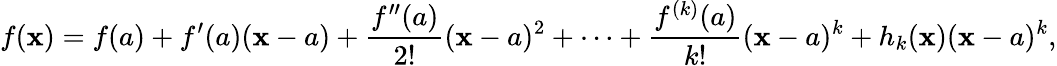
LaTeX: f(\mathbf{x})=f(a)+f^{\prime}(a)(\mathbf{x}-a)+{\frac{{f^{\prime\prime}(a)}}{{2!}}}(\mathbf{x}-a)^{2}+\cdots+{\frac{{f^{(k)}(a)}}{{k!}}}(\mathbf{x}-a)^{k}+h_{k}(\mathbf{x})(\mathbf{x}-a)^{k},